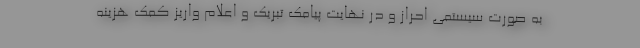
به صورت سیستمی احراز و در نهایت پیامک تبریک و اعلام واریز کمک هزینه